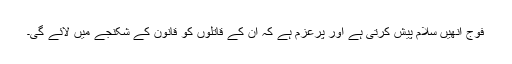
فوج انھیں سلام پیش کرتی ہے اور پرعزم ہے کہ ان کے قاتلوں کو قانون کے شکنجے میں لائے گی۔